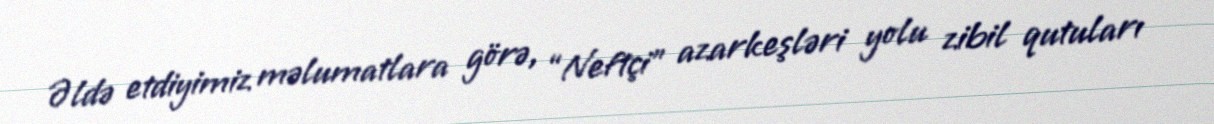
Əldə etdiyimiz məlumatlara görə, “Neftçi” azarkeşləri yolu zibil qutuları